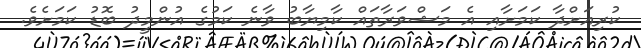
ކުރިއަށްދާ ކަމަށާއި އެ މަޝްވަރާތައް ކާމިޔާބު ވާނެ ކަމުގެ އުންމީދު ބޮޑު ކަމަށެވެ.